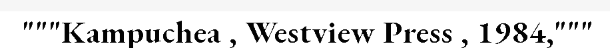
"""Kampuchea , Westview Press , 1984,"""